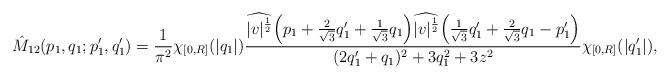
LaTeX: \begin{align*} {\hat M}_{12} (p_1, q_1; p_1', q_1') = \frac 1{\pi^2} \chi_{[0,R]}(|q_1|)\frac{\widehat{|v|^{\frac 12 }} \Bigl(p_1 + \frac{2}{\sqrt 3} q_1' +\frac{1}{\sqrt 3} q_1\Bigr) \widehat{|v|^{\frac 12 }} \Bigl(\frac{1}{\sqrt 3} q_1'+ \frac{2}{\sqrt 3} q_1 - p_1'\Bigr)}{(2q_1' + q_1)^2 + 3q_1^2 + 3 z^2}\chi_{[0,R]}(|q_1'|) , \end{align*}